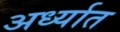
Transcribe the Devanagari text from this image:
अर्ध्यात